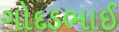
ગોદડભાઈ